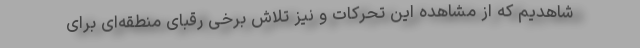
شاهدیم که از مشاهده این تحرکات و نیز تلاش برخی رقبای منطقه‌ای برای